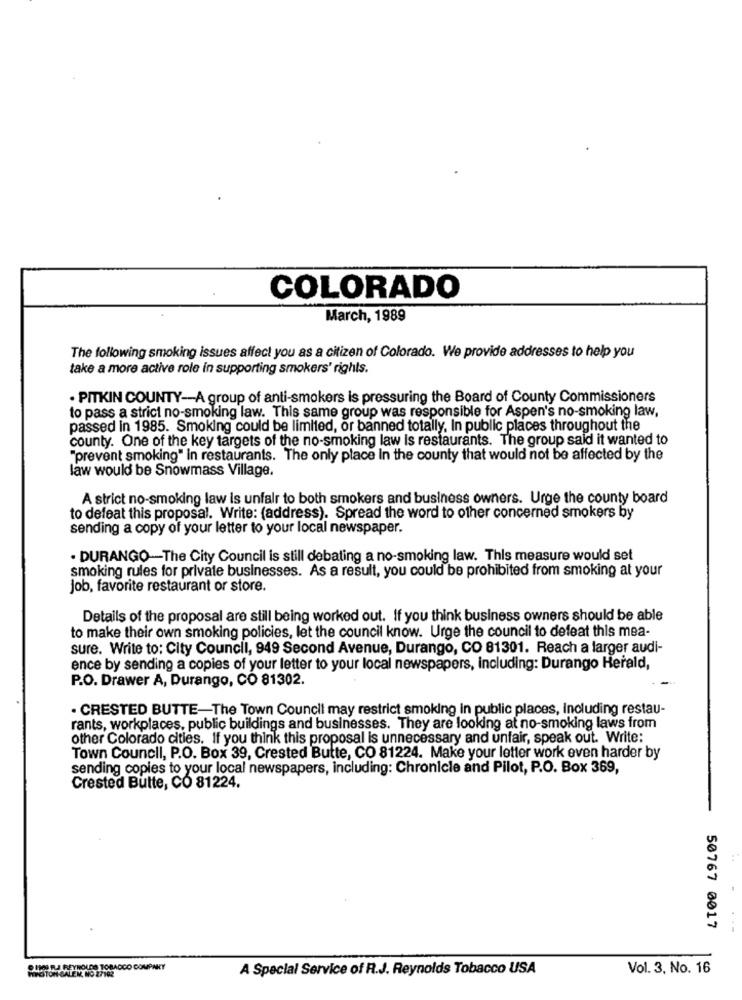
COLORADO
March, 1989
The following smoking issues affect you as a citizen of Colorado. We provide addresses to help you
take a more active role in supporting smokers' rights.
· PITKIN COUNTY-A group of anti-smokers is pressuring the Board of County Commissioners
to pass a strict no-smoking law. This same group was responsible for Aspen's no-smoking law,
passed in 1985. Smoking could be limited, or banned totally, In public places throughout the
county. One of the key targets of the no-smoking law is restaurants. The group said it wanted to
"prevent smoking" in restaurants. The only place In the county that would not be affected by the
law would be Snowmass Village.
A strict no-smoking law is unfair to both smokers and business owners. Urge the county board
to defeat this proposal. Write: (address). Spread the word to other concerned smokers by
sending a copy of your letter to your local newspaper.
. DURANGO-The City Council is still debating a no-smoking law. This measure would set
smoking rules for private businesses. As a result, you could be prohibited from smoking at your
job, favorite restaurant or store.
Details of the proposal are still being worked out. If you think business owners should be able
to make their own smoking policies, let the council know. Urge the council to defeat this mea-
sure. Write to: City Council, 949 Second Avenue, Durango, CO 81301. Reach a larger audi-
ence by sending a copies of your letter to your local newspapers, including: Durango Herald,
P.O. Drawer A, Durango, CO 81302.
. CRESTED BUTTE-The Town Council may restrict smoking in public places, including restau-
rants, workplaces, public buildings and businesses. They are looking at no-smoking laws from
other Colorado cities. If you think this proposal is unnecessary and unfair, speak out. Write:
Town Council, P.O. Box 39, Crested Butte, CO 81224. Make your letter work even harder by
sending copies to your local newspapers, including: Chronicle and Pilot, P.O. Box 369,
Crested Butte, CO 81224.
50767 0017
O INNI RJ REYNOLDS TOBACCO COMPANY
HIGTON BALEM, NO 27102
A Special Service of R.J. Reynolds Tobacco USA
Vol. 3, No. 16